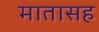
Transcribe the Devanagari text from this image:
मातासह